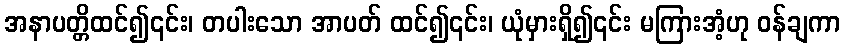
အနာပတ္တိထင်၍၎င်း၊ တပါးသော အာပတ် ထင်၍၎င်း၊ ယုံမှားရှိ၍၎င်း မကြားအံ့ဟု ဝန်ချကာ